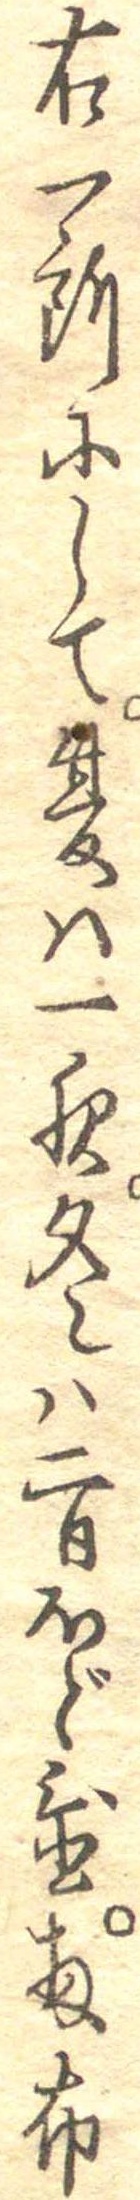
右一所にして夏は一夜冬は二日ほど置扨布